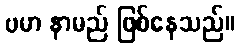
ဗမာ နာမည် ဖြစ်နေသည်။